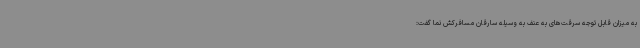
به میزان قابل توجه سرقت‌های به عنف به وسیله سارقان مسافرکش نما گفت: